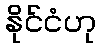
နိုင်ငံဟု